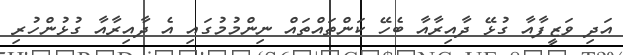
އަދި ވަޒީފާއާ ގުޅޭ ދާއިރާއާ ބެހޭ ކަންތައްތައް ނިންމުމުގައި އެ ދާއިރާއާ ގުޅުންހުރި